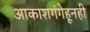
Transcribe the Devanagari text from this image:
आकाशगंगेहूनही